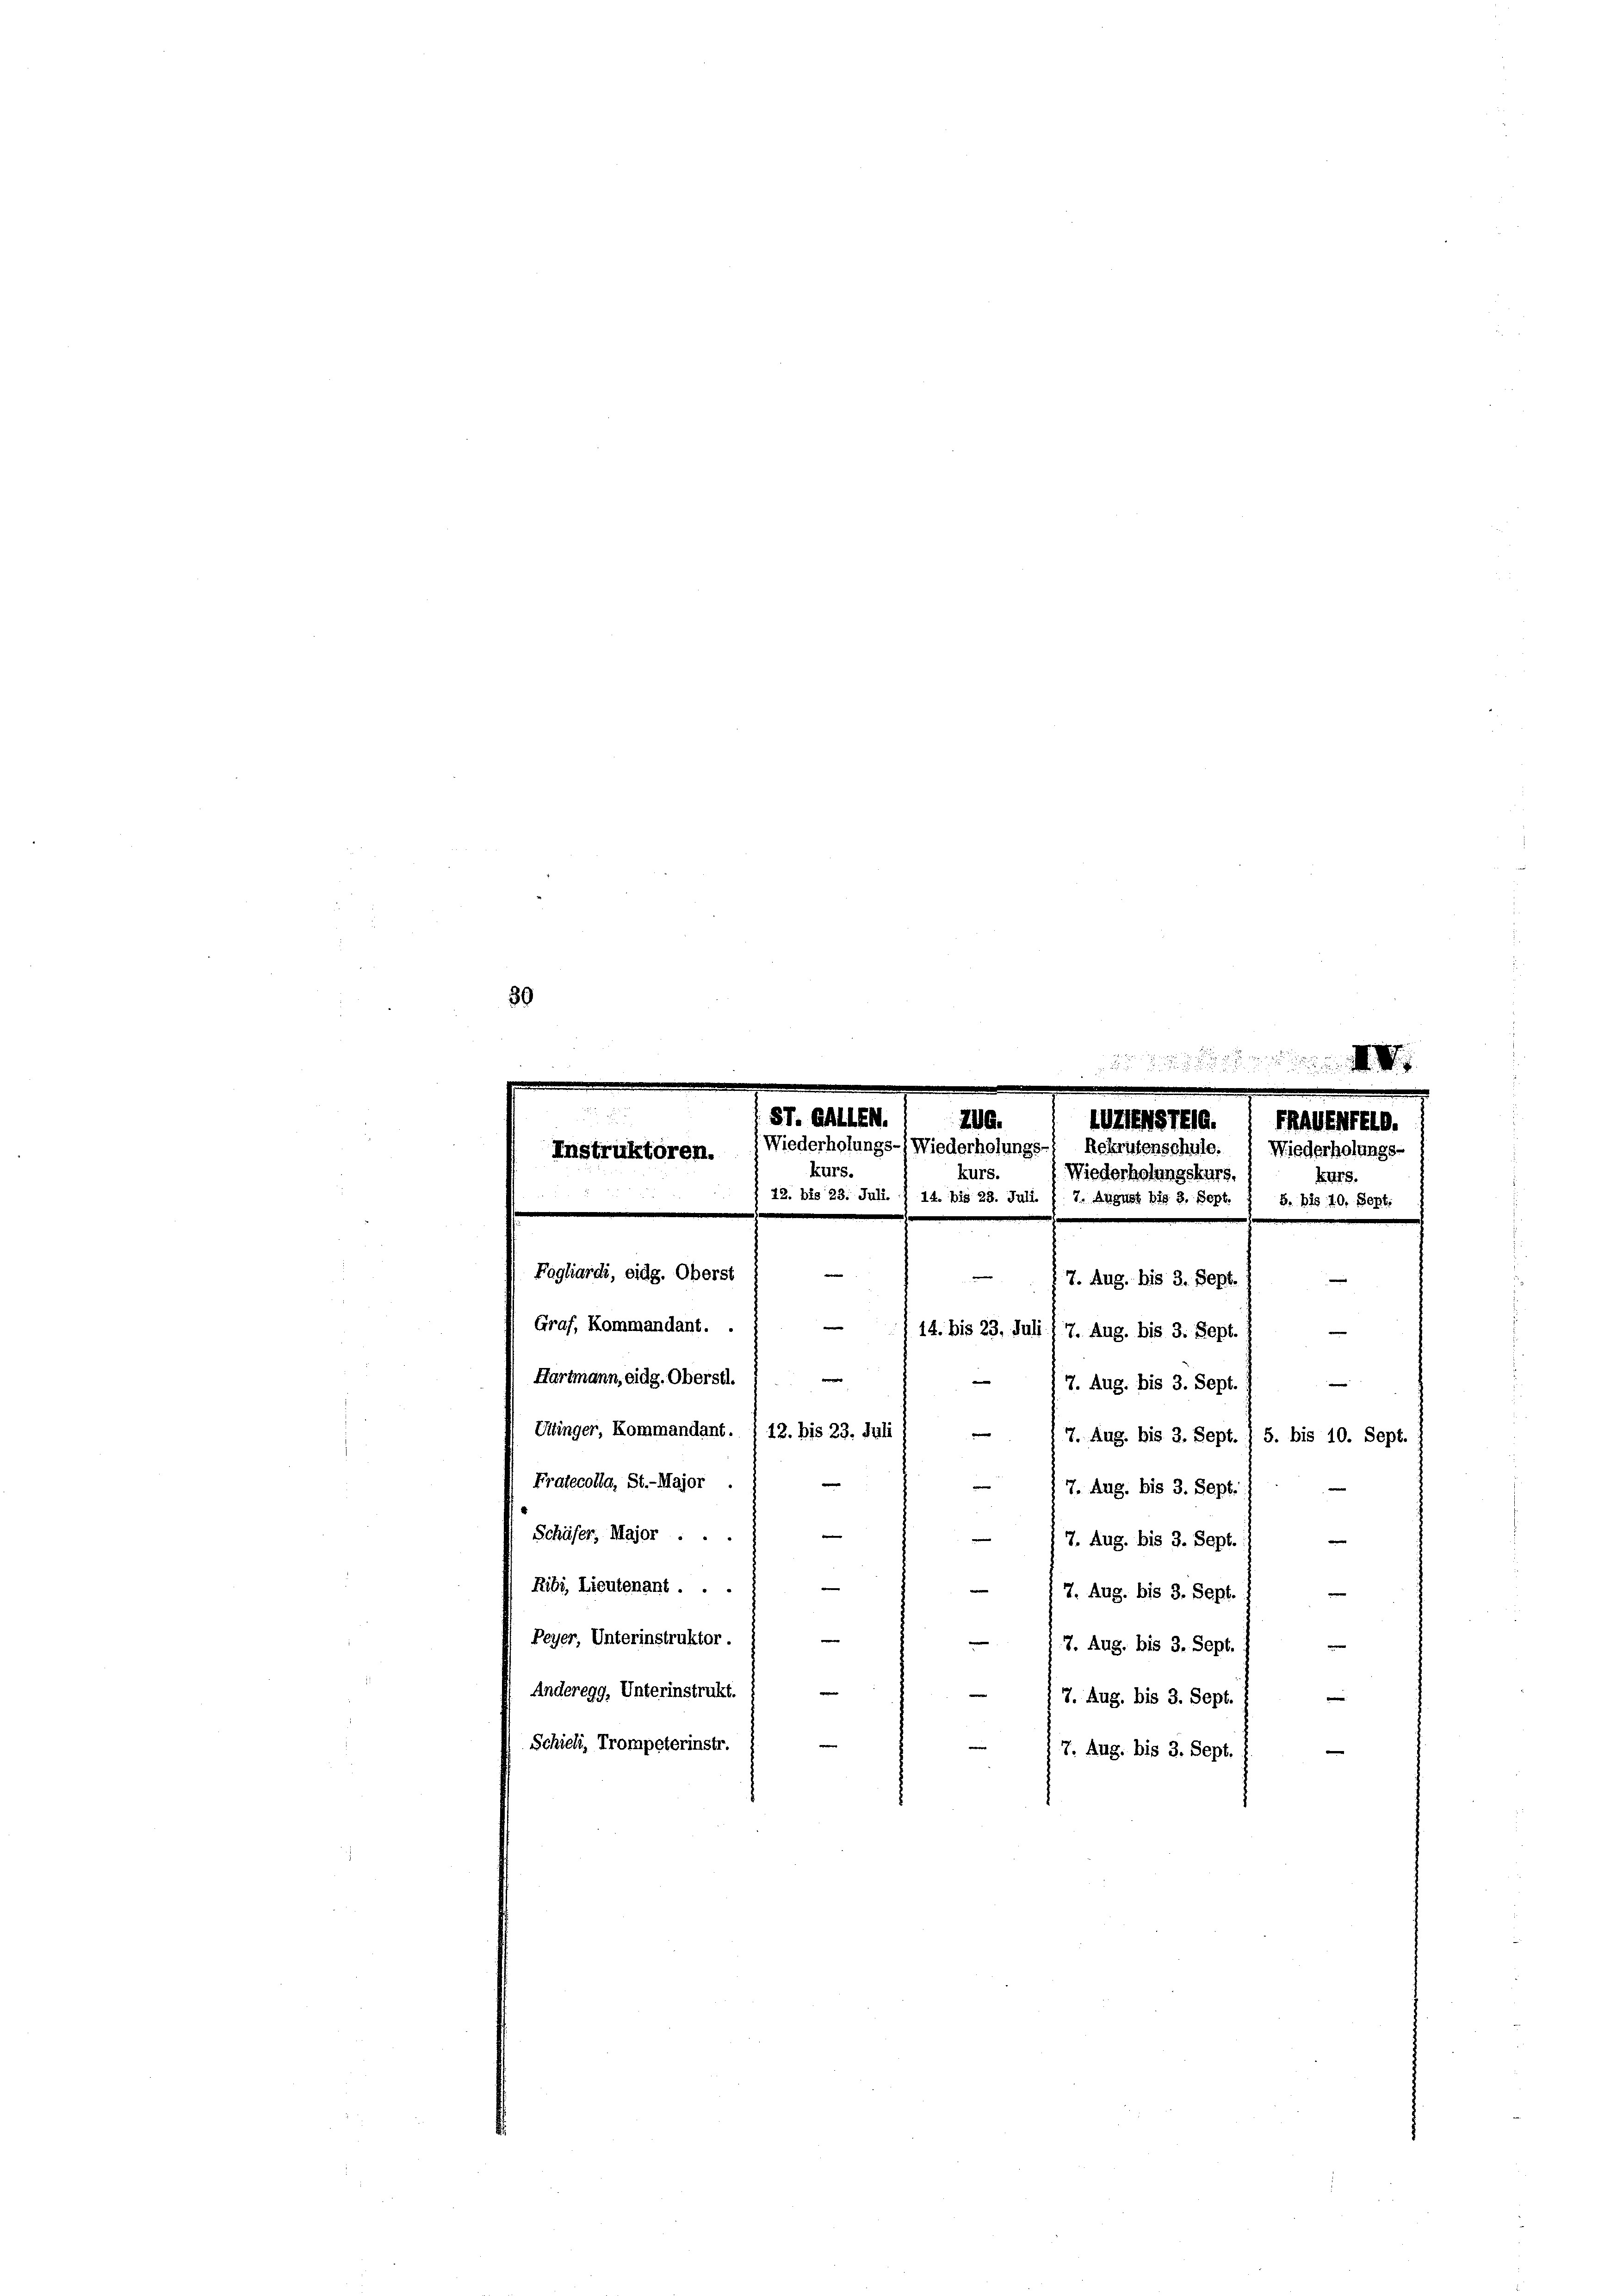
30
n

ST. GALLEM.
ZIESTEG.
ZUG.
1
Wiederholungs- Wiederholungs- Rekrufenschule.  Wiederholungs-
Instruktoren.
kurs.
kurs.
Wiederholungskurs.
42. bis 23. Juli. § 14. bis 28. Juli 1 7. August bis 3. Sept.

Kurs.
S. bis 10, Sept.
Fagliardi, eidg. Oberst

7. Aug. bis 3. Sept.
Graf, Kommandant. .
e
Hartmann, eidg. Oberstl.
e
7. Aug. bis 3. Sept.
Utinger, Kommandant. 1 12. bis 23. Juli
, 7. Aug. bis 3. Sept. / 5. bis 10. Sept.
Pratecolla, St.-Major .

 7. Aug. bis 3. Sept.
Schäfer, Major ...

7. Aug. bis 3. Sept.
Ribi, Lieutenant . ..
e
7. Aug. bis 3. Sept.
Peyer, Unterinstruktor.
 17. Aug. bis 3. Sept.
Anderegg, Unterinstrukt.
.
7. Aug. bis 3. Sept.
Schieli, Trompeterinstr.
7. Aug. bis 3. Sept.

e

14. bis 23. Juli 17. Aug. bis 3. Sept.
m
e

|

E